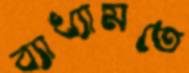
ব্যাখ্যামতে